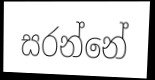
සරන්නේ